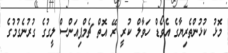
މޮޅު ކުޅުންތެރިޔާގެ އެވޯޑް ހަވާލް ކުރީ ރޭ އޮތް ޗެމްޕިއަންސް ލީގުގެ ގުރުނެގުމުގެ